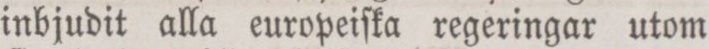
inbjudit alla europeiſka regeringar utom